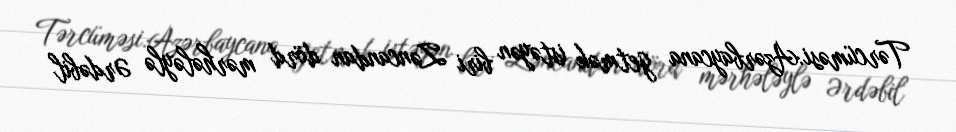
Tərcüməsi:Azərbaycana getmək istəyən biri Zəncandan dörd mərhələylə Ərdəbil